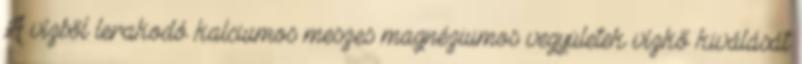
A vízből lerakodó kalciumos meszes magnéziumos vegyületek vízkő kiválását